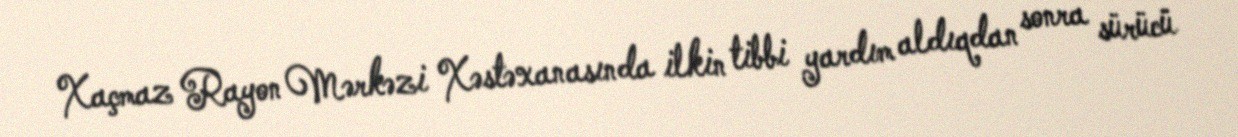
Xaçmaz Rayon Mərkəzi Xəstəxanasında ilkin tibbi yardım aldıqdan sonra sürücü